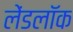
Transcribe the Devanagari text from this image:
लेंडलॉक